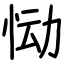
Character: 恸